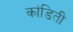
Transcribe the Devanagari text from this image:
कांडिती